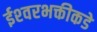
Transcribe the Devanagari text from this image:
ईश्‍वरभक्तीकडे